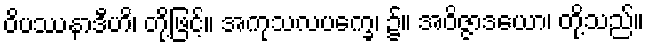
ဝိပဿနာဒီဟိ၊ တို့ဖြင့်။ အကုသလပက္ခေ၊ ၌။ အဝိဇ္ဇာဒယော၊ တို့သည်။